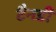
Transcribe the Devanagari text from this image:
टैनडी